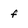
Character: f